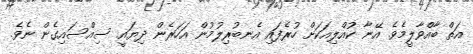
އަތް ބާއްވާލީމެވެ. އޭނާ ކުއްލިއަކަށް ހުރެފައި އެނބުރިލުމުން އަހަރެން ދިޔައީ ސިއްސައިގެން ނެވެ.